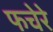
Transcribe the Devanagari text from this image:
फचेरे